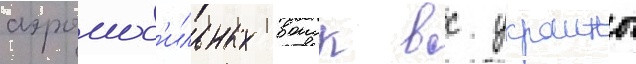
аэромоб'ильных воиск вс украины